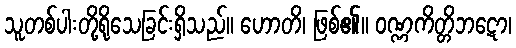
သူတစ်ပါးတို့ရိုသေခြင်းရှိသည်။ ဟောတိ၊ ဖြစ်၏။ ဝဏ္ဏကိတ္တိဘဋော၊